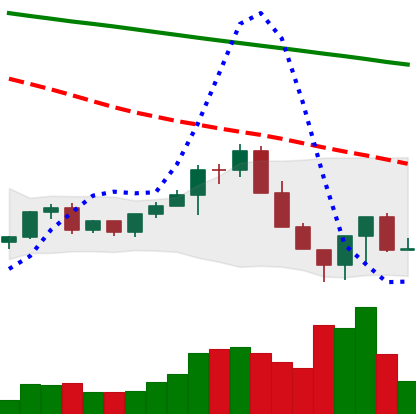
Ticker: LINK-USD
Chart end date: 2022-06-17
Forward return: 4.254%
Label: up_3_5